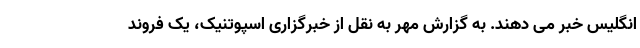
انگلیس خبر می دهند. به گزارش مهر به نقل از خبرگزاری اسپوتنیک، یک فروند